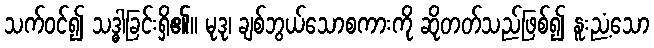
သက်ဝင်၍ သဒ္ဓါခြင်းရှိ၏။ မုဒု၊ ချစ်ဘွယ်သောစကားကို ဆိုတတ်သည်ဖြစ်၍ နူးညံ့သော